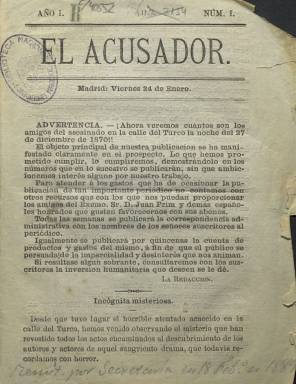
Título: El Acusador (Madrid)
Colección: Política
Ámbito geográfico: Madrid
Lugar de publicación: Madrid
Fechas: 24/01/1873-05/02/1873

La colección de este título en la Biblioteca Nacional de España la integran sólo su primera y cuarta entregas, del 24 de enero y el 5 de febrero de 1873, respectivamente, aunque hay referencia de que publicó un quinto número, el ocho de febrero, según un opusculito de Juan José Rodríguez López de 1886. El “objeto principal” de su aparición había sido “manifestado claramente” en el prospecto (cuyo paradero también se desconoce), que no fue otro que investigar a los autores del asesinato del general Juan Prim, en la noche del 30 de diciembre de 1870, considerado el principal valedor de la solución dinástica de Saboya a la Corona de España. Apareció pues durante las dos semanas anteriores a la abdicación del rey Amadeo (1843-1890), el once de febrero de 1873, que dio paso a la I República Española.

Por su minúsculo formato (en 8º) es tildado de “periodiquillo”, pero también lo puede ser por ser tachado de “periódico-libelo”. Según un artículo publicado sobre la tragedia de la calle del Turco, publicado por José Fernández Amador de los Ríos en La Libertad, el 5 de enero de 1933, sirvió para defender “hábilmente” a José Paúl y Angulo (1842-1892). A éste político y escritor se le señalará como ejecutor material del asesinato en el ensayo histórico que el jurista Antonio Pedrol Rius publicará en 1960 y ampliará en 1971.

Según el citado Pedrol Rius, Paúl y Angulo había contado con la complicidad del coronel Felipe Solís y Campuzano, ayudante del duque de Montpensier, cuñado de Isabel II. Otro de los sospechosos será José María Pastor, jefe de la policía secreta y escolta y mano derecha del regente, el general “bonito” Francisco Serrano (1810-1885). El Acusador - que pudo estar dirigido por el propio Paúl y Angulo desde Francia, a donde se había exiliado- imputó “incansablemente” tanto al duque de Montpensier como a Serrano del asesinato de Prim. Sin embargo, para Checa Godoy (2006) no logró su objetivo de desenmascarar a los asesinos.

En las entregas de esta publicación sólo aparece la atribución de que fue estampada en la Imprenta de F. Escámez, establecida en el número dos la calle de Santa Águeda, de Madrid, mientras que la administración se hallaba en el bajo del número doce de la calle de San Lorenzo, en donde se supone que estaba también la redacción. Los cuadernos son de 16 páginas cada uno, y tienen foliación seguida. En sus “bases” se dice que se publica “en forma de folleto… los días que su Director lo crea conveniente; pero sin dejar de aparecer lo menos tres veces por semana”.

En la “Advertencia” con la que empiezan las tres primeras entregas se dirá: “Ahora veremos cuántos son los amigos del asesinado”, a los que –junto a los “demás españoles honrados”, añade- pide que favorezcan al periódico a través del correspondiente abono de suscripción. Las iniciales y poblaciones (y a veces los cargos públicos que ostentan) de sus suscriptores los incluirá en una sección fija denominada Correspondencia administrativa. Al final, pagados los gastos de impresión, señalará que el dinero sobrante irá destinado “a la redención de esclavos en las Antillas”.

Los textos que inserta van encabezados con epígrafes, como Incógnita misteriosa, Problema, Interrogaciones, Cabos sueltos, Acusaremos o Pruebas son amores y no interrogaciones, y tendrá también Sección humanitaria, Sección política y otra de Última hora; textos que algunas veces forman series continuadas. Aparece un largo poema bajo el título A la memoria del Excmo. Sr. D. Juan Prim y Prats.

La última aportación sobre el primer magnicidio de un presidente del Gobierno español es La berlina de Prim, obra del hispanista Ian Gibson, Premio Fernando Lara de Novela (2012).